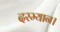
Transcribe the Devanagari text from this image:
दरम्यान।